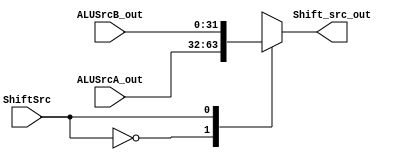
module shift_src (
input wire[31:0] ALUSrcA_out,
input wire[31:0] ALUSrcB_out,
input wire ShiftSrc,
output reg[31:0] Shift_src_out
);

parameter S0 = 0, S1 = 1;
always @(*) begin
	case(ShiftSrc)
		S0:
			Shift_src_out <= ALUSrcA_out;
		S1:
			Shift_src_out <= ALUSrcB_out;
	endcase
end

endmodule